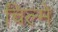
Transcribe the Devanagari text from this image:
चिल्मे